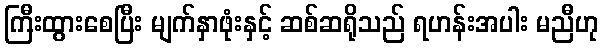
ကြီးထွားစေပြီး မျက်နှာဖုံးနှင့် ဆစ်ဆရိုသည် ရဟန်းအပါး မညီဟု